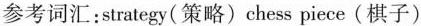
参考词汇：strategy(策略)chess piece(棋子)